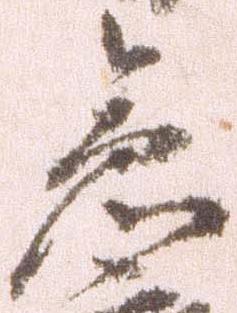
急